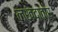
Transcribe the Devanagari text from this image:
लखदातार